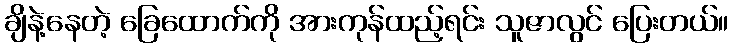
ချိနဲ့နေတဲ့ ခြေထောက်ကို အားကုန်ထည့်ရင်း သူဇာလွင် ပြေးတယ်။